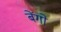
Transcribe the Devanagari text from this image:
बेंगो